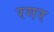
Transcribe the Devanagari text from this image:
रगर